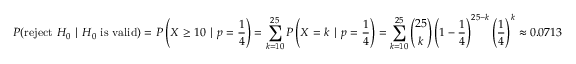
P ( { \mathrm { r e j e c t ~ } } H _ { 0 } \mid H _ { 0 } { \mathrm { ~ i s ~ v a l i d } } ) = P \left( X \geq 1 0 \mid p = { \frac { 1 } { 4 } } \right) = \sum _ { k = 1 0 } ^ { 2 5 } P \left( X = k \mid p = { \frac { 1 } { 4 } } \right) = \sum _ { k = 1 0 } ^ { 2 5 } { \binom { 2 5 } { k } } \left( 1 - { \frac { 1 } { 4 } } \right) ^ { 2 5 - k } \left( { \frac { 1 } { 4 } } \right) ^ { k } \approx 0 . 0 7 1 3